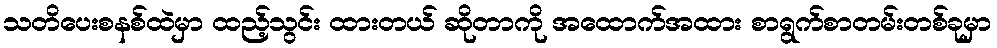
သတိပေးစနစ်ထဲမှာ ထည့်သွင်း ထားတယ် ဆိုတာကို အထောက်အထား စာရွက်စာတမ်းတစ်ခုမှာ